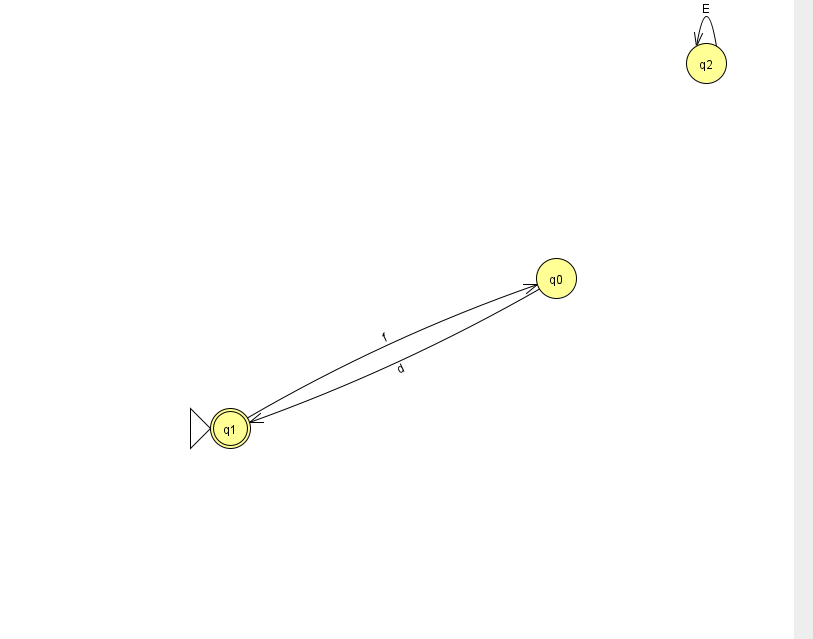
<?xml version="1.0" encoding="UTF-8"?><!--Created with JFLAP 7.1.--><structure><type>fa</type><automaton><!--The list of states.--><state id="0" name="q0"><x>556.0</x><y>265.0</y></state><state id="1" name="q1"><x>230.0</x><y>415.0</y><initial/><final/></state><state id="2" name="q2"><x>706.0</x><y>50.0</y></state><!--The list of transitions.--><transition><from>2</from><to>2</to><read>E</read></transition><transition><from>1</from><to>0</to><read>f</read></transition><transition><from>0</from><to>1</to><read>d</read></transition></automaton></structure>